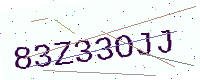
Text: 83Z33OJJ